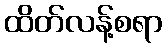
ထိတ်လန့်စရာ